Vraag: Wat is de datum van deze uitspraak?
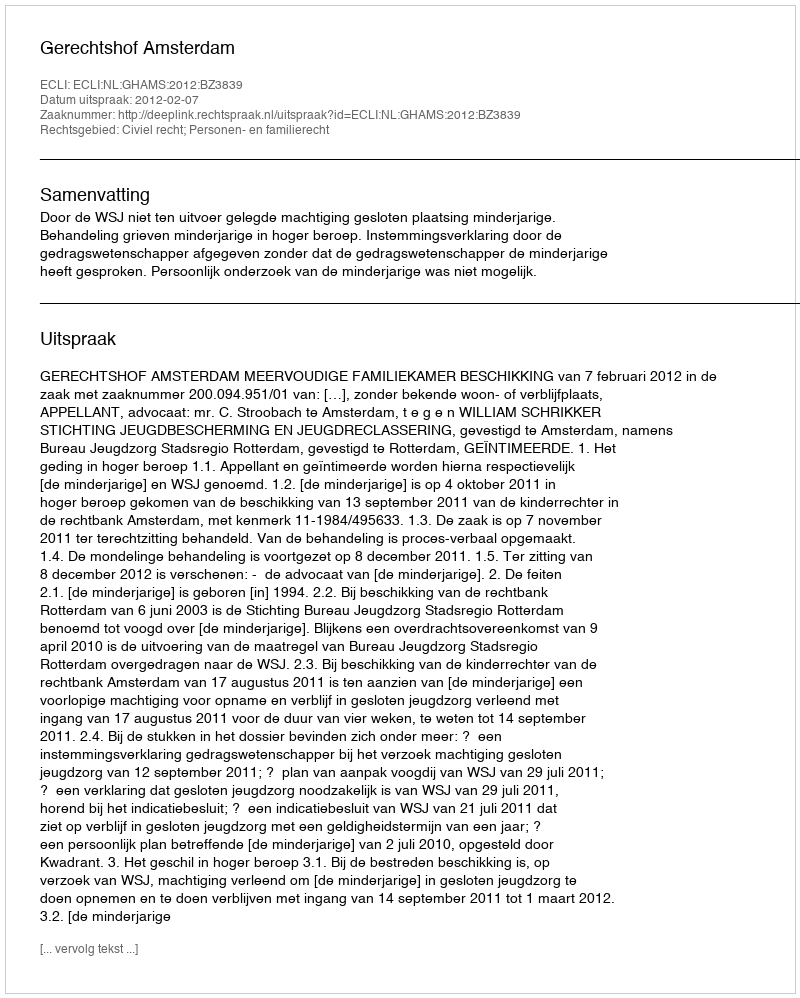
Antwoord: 2012-02-07